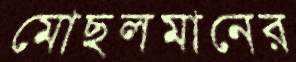
মোছলমানের